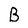
Character: B